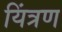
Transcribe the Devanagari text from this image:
यिंत्रण